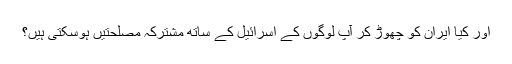
اور کیا ایران کو چھوڑ کر آپ لوگوں کے اسرائیل کے ساتھ مشترکہ مصلحتیں ہوسکتى ہیں؟